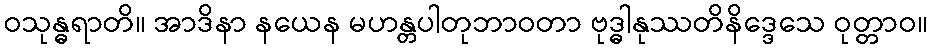
ဝသုန္ဓရာတိ။ အာဒိနာ နယေန မဟန္တပါတုဘာဝတာ ဗုဒ္ဓါနုဿတိနိဒ္ဒေသေ ဝုတ္တာဝ။